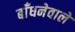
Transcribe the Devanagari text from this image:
बाँधनेवाले